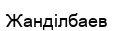
Жанділбаев